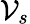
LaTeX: \mathcal{V}_{s}